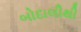
બોદાલીથી